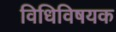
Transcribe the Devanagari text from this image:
विधिविषयक